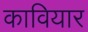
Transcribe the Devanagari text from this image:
कावियार